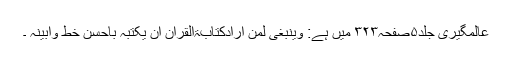
عالمگیری جلد۵صفحہ۳۲۳ میں ہے: وینبغی لمن أرادکتابۃالقرآن أن یکتبہ بأحسن خط وأبینہ ۔